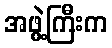
အဖွဲ့ကြီးက